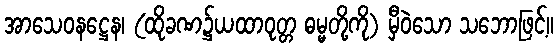
အာသေဝနဋ္ဌေန၊ (ထိုခဏ၌ယထာဝုတ္တ ဓမ္မတို့ကို) မှီဝဲသော သဘောဖြင့်။